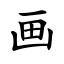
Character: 画